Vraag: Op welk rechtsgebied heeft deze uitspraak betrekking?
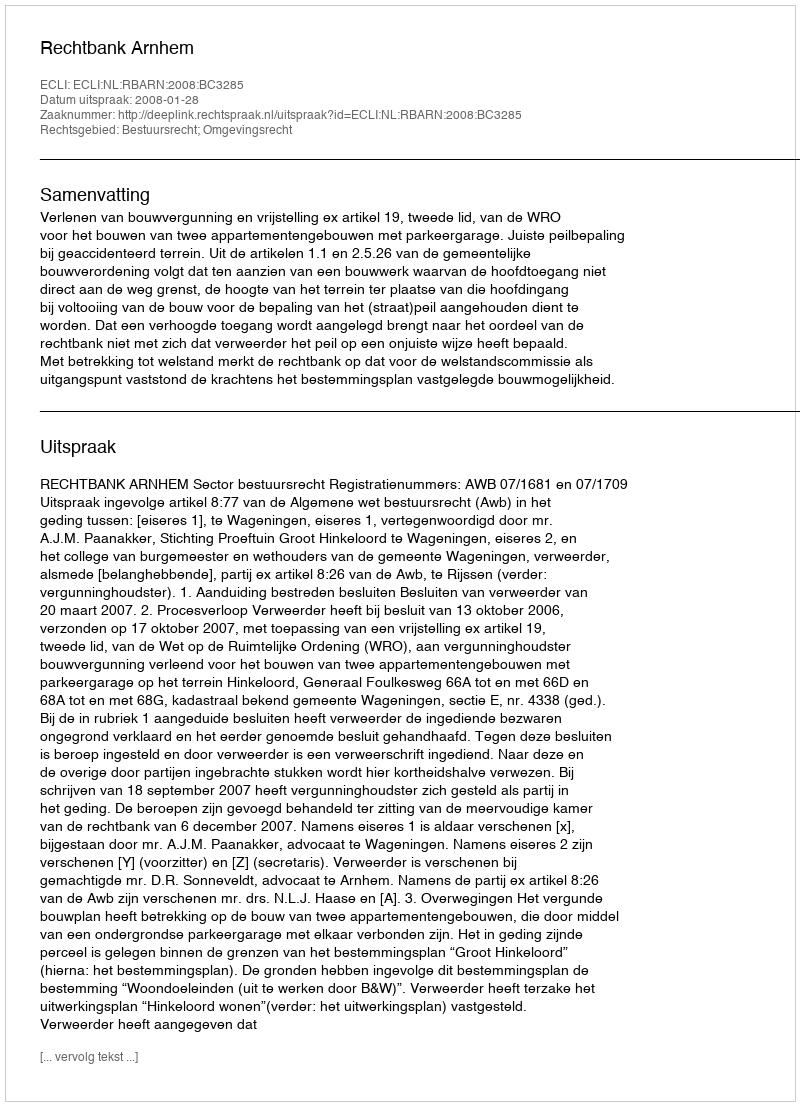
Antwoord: Bestuursrecht; Omgevingsrecht